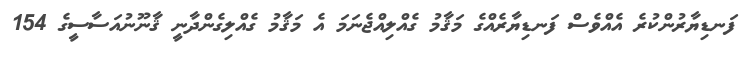
ފަނޑިޔާރުންކުރެ އެއްވެސް ފަނޑިޔާރެއްގެ މަޤާމު ގެއްލިއްޖެނަމަ އެ މަޤާމު ގެއްލިގެންދާނީ ޤާނޫނުއަސާސީގެ 154